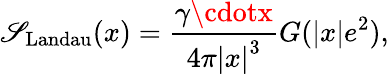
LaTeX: \mathscr{S}_{\mathrm{{Landau}}}(x)=\frac{{\gamma\cdotx}}{{4\pi\left|x\right|^{3}}}G(\left|x\right|e^{2}),